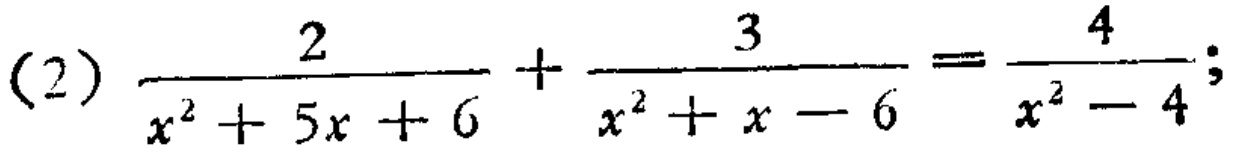
\(\frac{2}{x^{2}+5x + 6}+\frac{3}{x^{2}+x - 6}=\frac{4}{x^{2}-4};\)